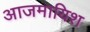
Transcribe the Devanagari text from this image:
आजमायिश